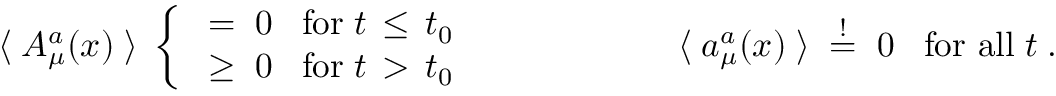
\langle \; A _ { \mu } ^ { a } ( x ) \; \rangle \; \left\{ \begin{array} { l l } { { \; = \; 0 \; \; \; \mathrm { f o r } \; t \, \le \, t _ { 0 } } } \\ { { \; \ge \; 0 \; \; \; \mathrm { f o r } \; t \, > \, t _ { 0 } } } \end{array} \right. \; \; \; \; \; \; \; \; \; \; \; \; \; \; \; \; \; \; \; \; \langle \; a _ { \mu } ^ { a } ( x ) \; \rangle \; \stackrel { ! } { = } \; 0 \; \; \; \mathrm { f o r ~ a l l } \; t \; .